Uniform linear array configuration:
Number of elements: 48
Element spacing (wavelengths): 0.25
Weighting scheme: binomial
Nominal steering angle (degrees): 15
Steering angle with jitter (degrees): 13.497
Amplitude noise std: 0.05
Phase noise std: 0.05

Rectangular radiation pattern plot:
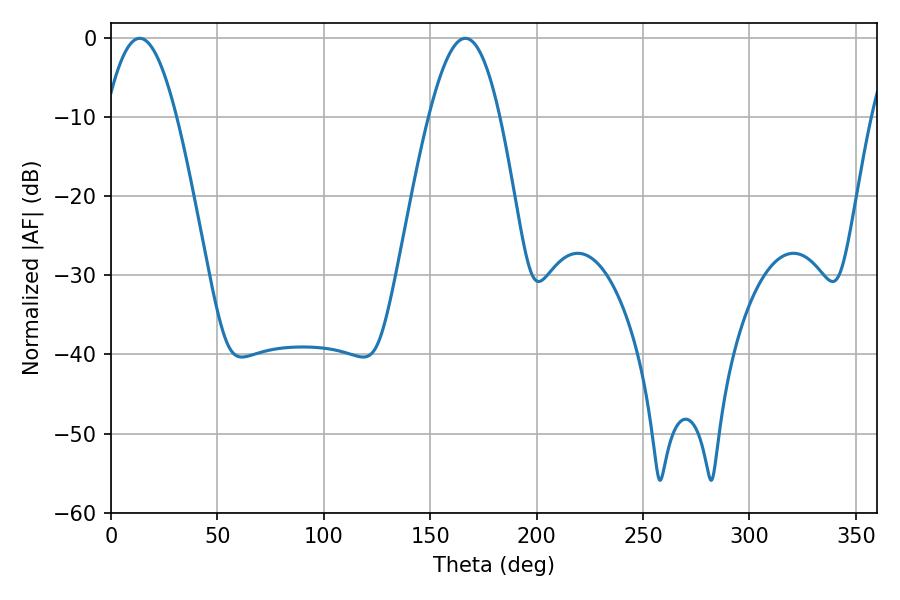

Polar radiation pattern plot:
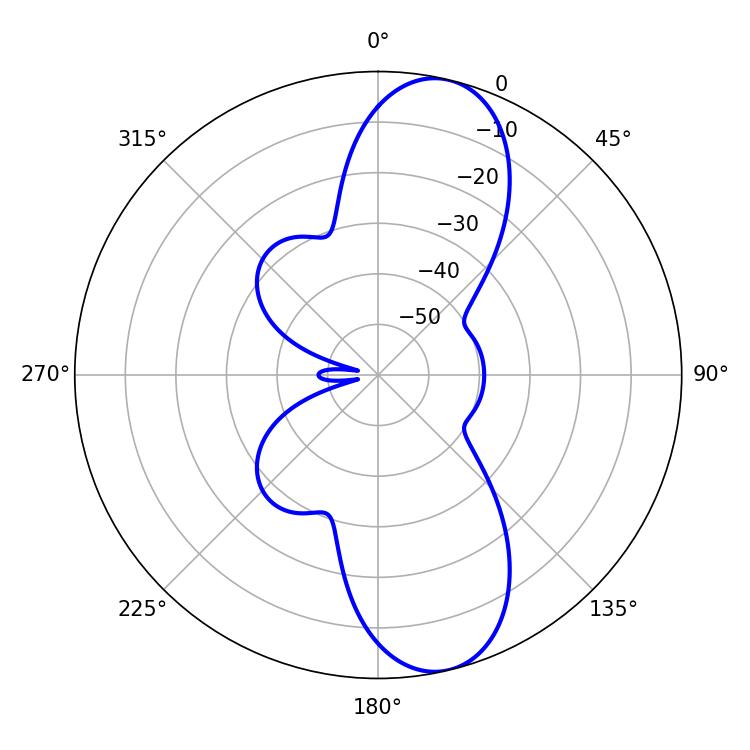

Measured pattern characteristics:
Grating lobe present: FALSE
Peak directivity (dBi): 10.94
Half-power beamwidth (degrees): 18
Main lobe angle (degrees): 13.5